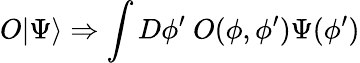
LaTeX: O|\Psi\rangle\Rightarrow\int D\phi^{\prime}~O(\phi,\phi^{\prime})\Psi(\phi^{\prime})